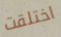
اختلقت